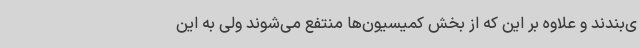
ی‌بندند و علاوه بر این که از بخش کمیسیون‌ها منتفع می‌شوند ولی به این